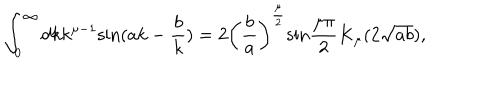
LaTeX: \int _ { 0 } ^ { \infty } d k k ^ { { \mu } - 1 } \mathrm { s i n } ( a k - \frac { b } { k } ) = 2 \left( \frac { b } { a } \right) ^ { \frac { \mu } { 2 } } \mathrm { s i n } \frac { { \mu } { \pi } } { 2 } K _ { \mu } ( 2 \sqrt { a b } ) ,